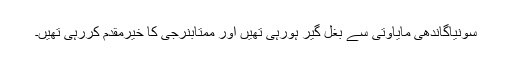
سونیاگاندھی مایاوتی سے بغل گیر ہورہی تھیں اور ممتابنرجی کا خیرمقدم کررہی تھیں۔